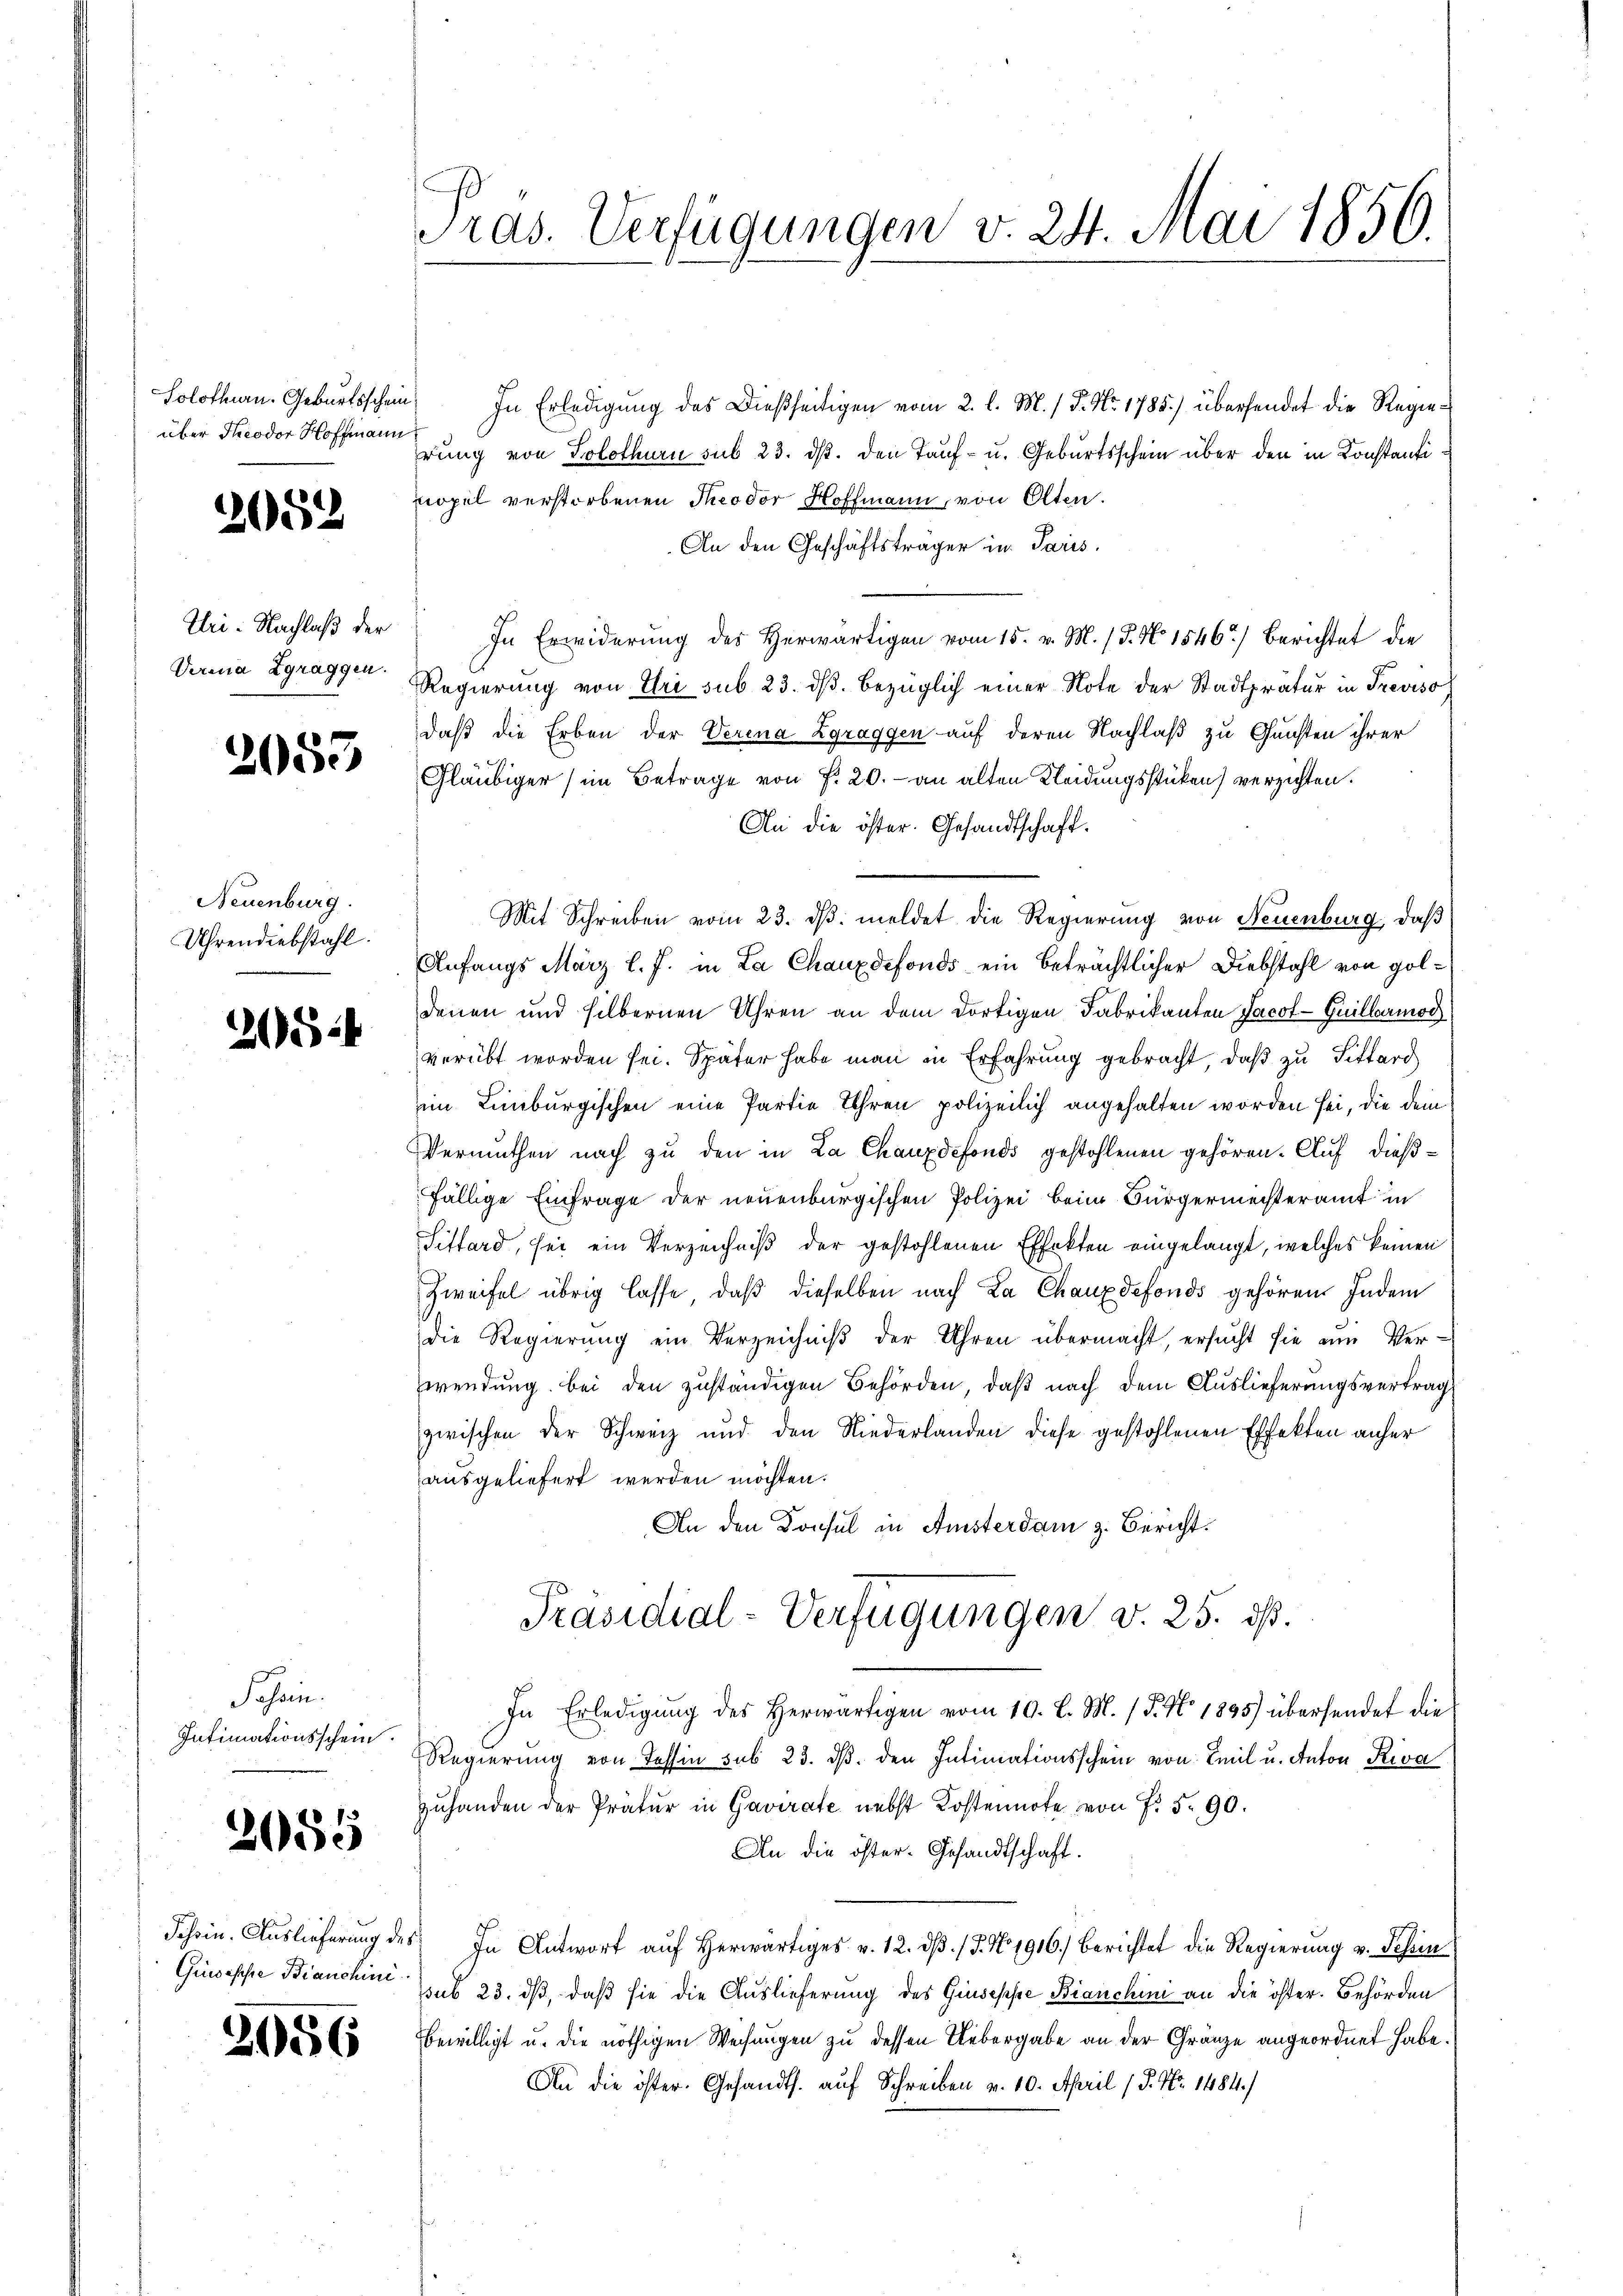
über Theodor Hoffmann

2052

Uri: Nachlaß der
Verina Zgraggen.

2053

Neuenburg.
Uhrendiebstahl.

2

Jahren.
Intimationsschein.

2055

2056

Präs. Verfügungen v. 24. Mai 1850.

Solothurn. Geburtsschein. In Erledigŭng des Dießseitigen vom 2. l. M. / 5. No. 1785.) übersendet die Regiehrung von Solothurn sub 23. ds. den Tauf- u. Geburtsschein über den in Konstanti
nopel verstorbenen Theodor Hoffmann, von Olten.
An den Geschäftsträger in Paris,
In Erwiderung des Herwärtigen vom 15. v. M. (T. No 1546) Berichtet die
Regierung von Uri sub 23. ds. bezüglich einer Note der Stadtpratur in Treviso
daß die Erben der Verena Zgraggen auf deren Nachlaß zu Gunsten ihrer
2
Gläubiger (im Betrage von §. 20.- an alten Kleidungsstücken) verzichten.
An die öster. Gesandtschaft.
Mit Schreiben vom 23. dβ. meldet die Regierung von Neuenburg, daß
Anfangs März l. J. in La Chauxdefonds ein beträchtlicher Diebstahl von goldenen und selbernen Uhren an dem dortigen Fabrikanten Jacot-Guillarmod
verübt worden sei. Später habe man in Erfahrung gebracht, daß zu Fitterg
im Limburgischen eine Partie Uhren polizeilich angehalten worden sei, die dein
Vermuthen nach zu den in La Chauxdefonds gestohlenen gehören. Auf dießfällige Einfrage der neuenburgischen Polizei beim Bürgermeisteramt in
Sittard, sei ein Verzeichniß der gestohlenen Effekten eingelangt, welches keinen
Zweifel übrig lasse, daß dieselben nach La Chauxdefonds gehören Indem
die Regierung ein Verzeichniß der Uhren übermacht, ersucht sie am Verwendung bei den zuständigen Behörden, daß nach dem Auslieferungsvertrag
zwischen der Schweiz und den Niederlanden diese gestohlenen Effekten anher
ausgeliefert werden möchten.
An den Konsul in Amsterdam z. Bericht.
Präsidial-Verfügungen v. 25. ds.
In Erledigŭng des herwärtigen vom 10. l. M. (T. No. 1895) übersendet die
Regierung von Tessin sub 23. ds. den Intimationsschein von Emil u. Anton Riva
zuhanden der Prätur in Gavirate nebst Kostennote von Fr. 5. 90.
An die öster. Gesandtschaft.
Schein. Auslieferung des In Antwort auf herwärtiges v. 12. dβ. / 5. No 1916.) Berichtet die Regierung v. Schein
Giuseppe Bianchin sub 23. dß, daß sie die Auslieferung des Giuseppe Bianchini an die öster. Behörden
bewilligt u. die nöthigen Weisungen zu dessen Uebergabe an der Gränze angeordnet habe.
An die öster. Gesandts. auf Schreiben v. 10. April (P. Nr. 1484)